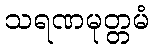
သရဏမုတ္တမံ